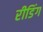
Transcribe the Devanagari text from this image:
रीडिंग